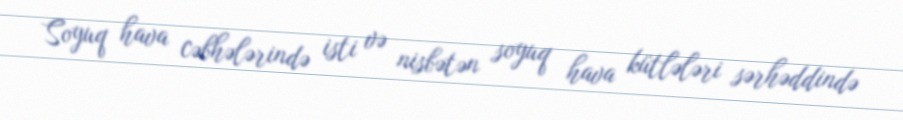
Soyuq hava cəbhələrində isti və nisbətən soyuq hava kütlələri sərhəddində